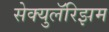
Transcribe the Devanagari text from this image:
सेक्युलॅरिझम